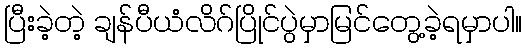
ပြီးခဲ့တဲ့ ချန်ပီယံလိဂ်ပြိုင်ပွဲမှာမြင်တွေ့ခဲ့ရမှာပါ။